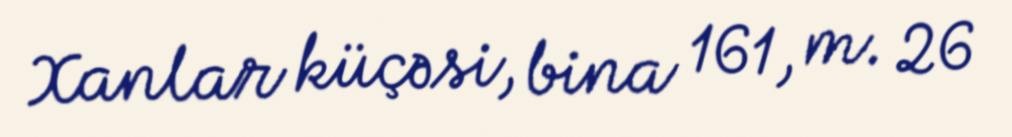
Xanlar küçəsi, bina 161, m. 26